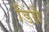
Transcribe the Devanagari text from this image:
डिंग़ै